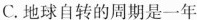
C.地球自转的周期是一年